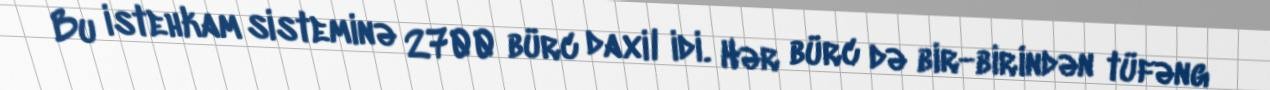
Bu istehkam sisteminə 2700 bürc daxil idi. Hər bürc də bir-birindən tüfəng